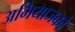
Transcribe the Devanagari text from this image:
अभियाजकों